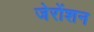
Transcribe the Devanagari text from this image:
जेरोंशन